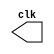
// --------------------------- 
// -- test clock generator (2) 
// --------------------------- 
// Nome: Gabriel Benjamim de Carvalho

module clock ( clk ); 
output clk; 
reg clk; 
initial 
begin 
clk = 1'b0; 
end 
always 
begin 
#12 clk = ~clk; 
end 
endmodule 
module pulse ( signal, clock ); 
input clock; 
output signal; 
reg signal; 
always @ ( clock ) 
begin 
signal = 1'b1; 
#3 signal = 1'b0; 
#3 signal = 1'b1; 
#3 signal = 1'b0; 
end 
endmodule 
module trigger ( signal, on, clock ); 
input on, clock; 
output signal; 
reg signal; 
always @ ( posedge clock & on ) 
begin 
#60 signal = 1'b1; 
#60 signal = 1'b0; 
end 
endmodule 
module Exemplo0042; 
wire clock; 
clock clk ( clock ); 
reg p; 
wire p1,t1; 
pulse pulse1 ( p1, clock ); 
trigger trigger1 ( t1, p, clock ); 
initial begin 
p = 1'b0; 
end 
initial begin 
$dumpfile ( "Exemplo0042.vcd" ); 
$dumpvars ( 1, clock, p1, p, t1 ); 
#060 p = 1'b1; 
#120 p = 1'b0; 
#180 p = 1'b1; 
#240 p = 1'b0; 
#300 p = 1'b1; 
#360 p = 1'b0; 
#376 $finish; 
end 
endmodule